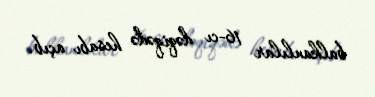
balkanlılar 16-cı dəqiqədə hesabı açıb.